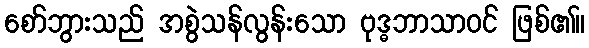
စော်ဘွားသည် အစွဲသန်လွန်းသော ဗုဒ္ဓဘာသာဝင် ဖြစ်၏။